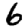
Digit: 6